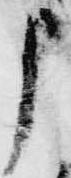
申